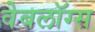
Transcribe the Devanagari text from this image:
वेबलॉग्स